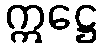
ဣဋ္ဌေ